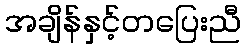
အချိန်နှင့်တပြေးညီ